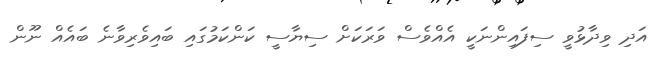
އަދި ވިދާޅުވީ ސިފައިންނަކީ އެއްވެސް ވަރަކަށް ސިޔާސީ ކަންކަމުގައި ބައިވެރިވާނެ ބައެއް ނޫން